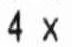
4 X